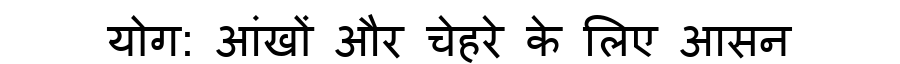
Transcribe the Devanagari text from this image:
योग: आंखों और चेहरे के लिए आसन